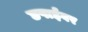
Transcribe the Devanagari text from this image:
छपाईवर